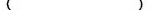
()